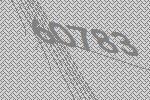
60783